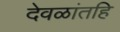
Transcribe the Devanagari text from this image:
देवळांतहि